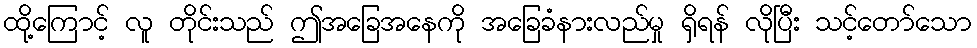
ထို့ကြောင့် လူ တိုင်းသည် ဤအခြေအနေကို အခြေခံနားလည်မှု ရှိရန် လိုပြီး သင့်တော်သော